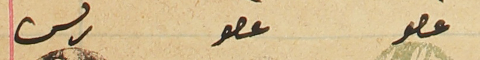
عصو          عصو                     رىس